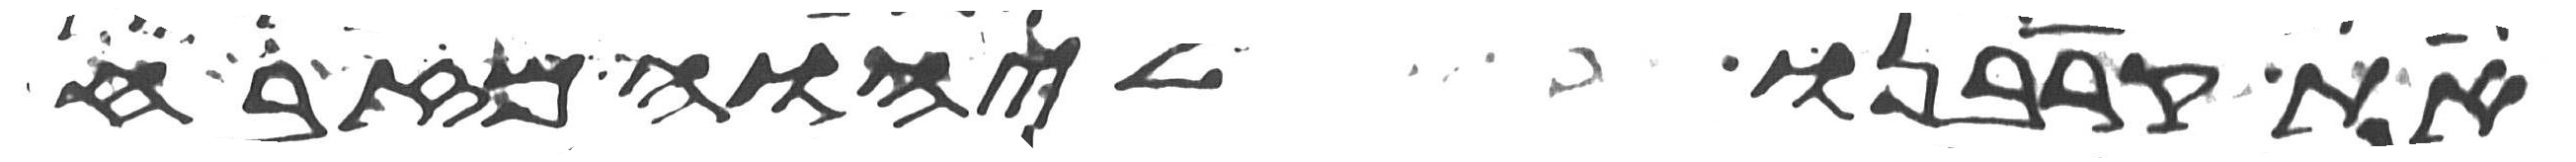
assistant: את קרבנו ליהוה מזבח